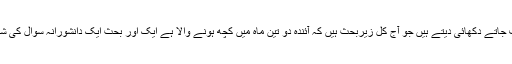
یوں یک نہ شد دوشد والی کہاوت کے مطابق حالات اسی طرف جاتے دکھائی دیتے ہیں جو آج کل زیربحث ہیں کہ آئندہ دو تین ماہ میں کچھ ہونے والا ہے ایک اور بحث ایک دانشورانہ سوال کی شکل میں ہو رہی ہے کہ تبدیلی اگر ہے تو طریقہ کار کیا ہو گا؟